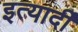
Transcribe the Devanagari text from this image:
इत्यार्दी